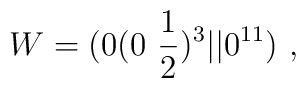
W=(0 (0~{1\over 2})^3 \vert\vert 0^{11})~,\nonumber